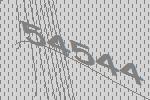
54544